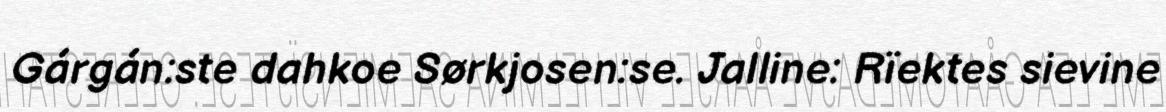
Gárgán:ste dahkoe Sørkjosen:se. Jalline: Rïektes sievine